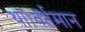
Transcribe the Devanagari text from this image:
था।वर्तमान